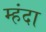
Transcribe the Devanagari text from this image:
म्हंदा